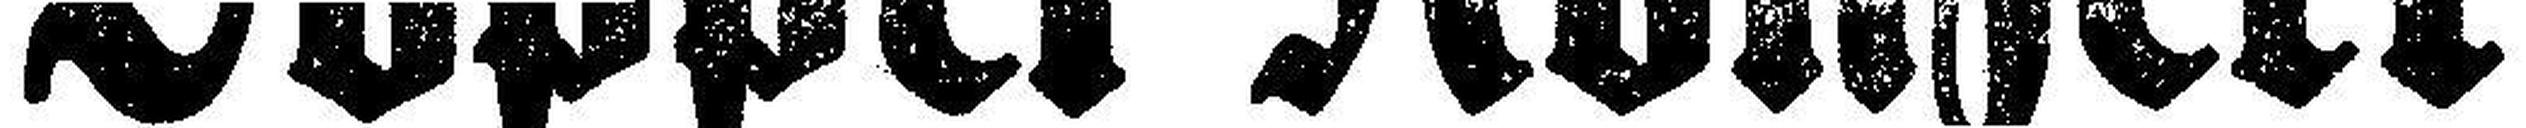
Doppel=Konzert